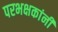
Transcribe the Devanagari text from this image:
परभक्षकांनी